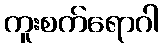
ကူးစက်ရောဂါ